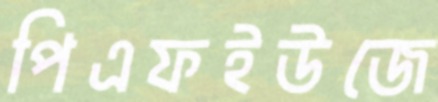
পিএফইউজে